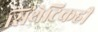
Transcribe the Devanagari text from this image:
सिंथेटिकही